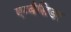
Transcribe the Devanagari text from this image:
एम्बैसिडर